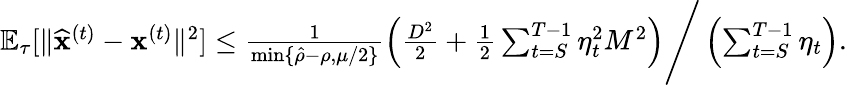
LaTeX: \begin{array}{r}{\mathbb{E}_{\tau}[\| \widehat{\mathbf x}^{(t)}-{\mathbf x}^{(t)}\| ^{2}]\leq\frac{1}{\operatorname*{min}\{ \hat{\rho}-\rho,\mu/2\} }\left(\frac{D^{2}}{2}+\frac{1}{2}\sum_{t=S}^{T-1}\eta_{t}^{2}M^{2}\right)\Bigg/\left(\sum_{t=S}^{T-1}\eta_{t}\right).}\end{array}